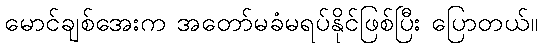
မောင်ချစ်အေးက အတော်မခံမရပ်နိုင်ဖြစ်ပြီး ပြောတယ်။